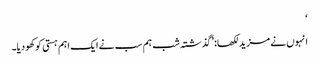
‘
انہوں نے مزید لکھا: ’گذشتہ شب ہم سب نے ایک اہم ہستی کو کھو دیا۔